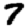
Digit: 7